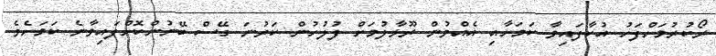
ރޯކުރުމަށްފަހު އުކާފައިވާ ކަމަށާއި އެއްވުން ރޫޅާލުމަށް ފުލުހުން ކަރުނަ ގޭސް ބޭނުންކޮށްފައިވާނެ ކަމަށެވެ.